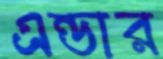
এন্ডার